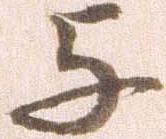
与